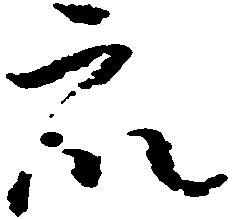
衆